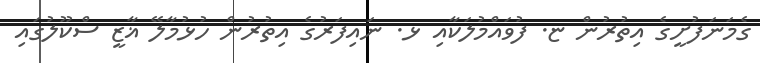
ގެމަނަފުށީގެ އިތުރުން ޏ. ފުވައްމުލަކާއި ޅ. ނައިފަރުގެ އިތުރުން ހުޅުމާލޭ ޣާޒީ ސްކޫލުގައި